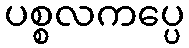
ပစ္စလကပ္ပေ